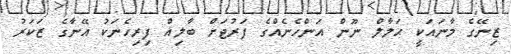
ޒިނޭގެ މާނައަކީ ޙަލާލް ނޫން އަންހެނެއްގެ ފަރުޖަށް ބާލިޣް ފިރިހެނަކު އޭނާގެ ޒަކަރު